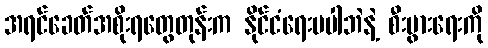
အရင်ခေတ်အစိုးရတွေတုန်းက နိုင်ငံရေးမပါဘဲနဲ့ စီးပွားရေးကို